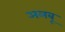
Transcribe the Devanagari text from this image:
अलबू